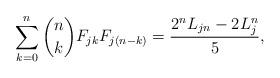
LaTeX: \begin{align*}\sum_{k=0}^{n} {n\choose k} F_{jk} F_{j(n-k)} = \frac{ 2^n L_{jn} - 2 L_j^n}{5},\end{align*}